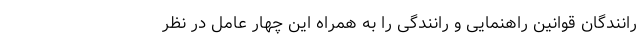
رانندگان قوانین راهنمایی و رانندگی را به همراه این چهار عامل در نظر